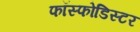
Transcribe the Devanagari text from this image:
फॉस्फोडिस्टर